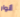
أنوار